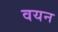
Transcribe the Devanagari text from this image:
वयन